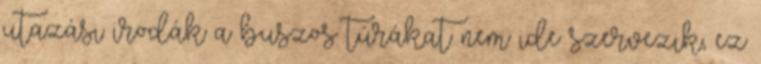
utazási irodák a buszos túrákat nem ide szervezik, ez